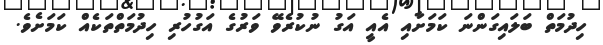
ހިދުމަތް ބަލައިގަންނަ ކަމަށާއި އެއީ އަގު ނުކުރެވޭ ވަރުގެ އަގުހުރި ހިދުމަތްތަކެއް ކަމަށެވެ.